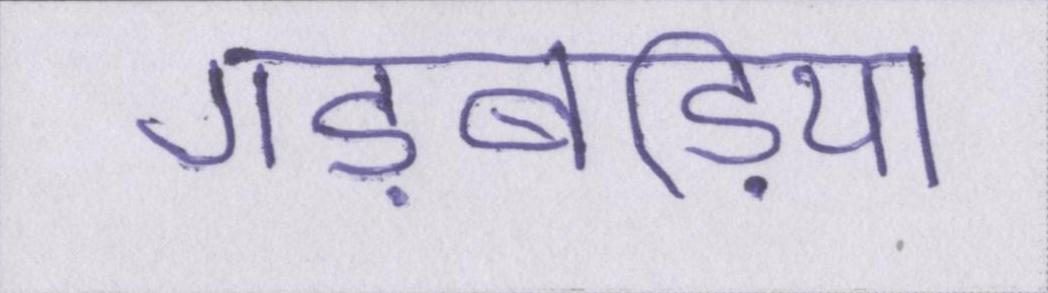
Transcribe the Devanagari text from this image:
गड़बड़ियां